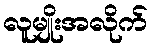
လူမျိုးအလိုက်